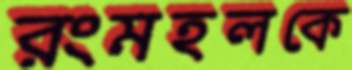
রংমহলকে